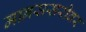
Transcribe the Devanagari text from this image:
मानससरोवर